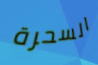
السحرة